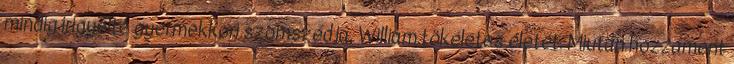
mindig irigyelte gyermekkori szomszédja, William tökéletes életét. Miután hozzáment